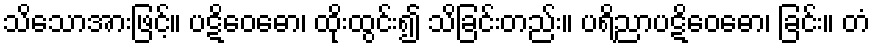
သိသောအားဖြင့်။ ပဋိဝေဓော၊ ထိုးထွင်း၍ သိခြင်းတည်း။ ပရိညာပဋိဝေဓော၊ ခြင်း။ တံ